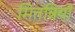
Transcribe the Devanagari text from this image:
मितन्नियों